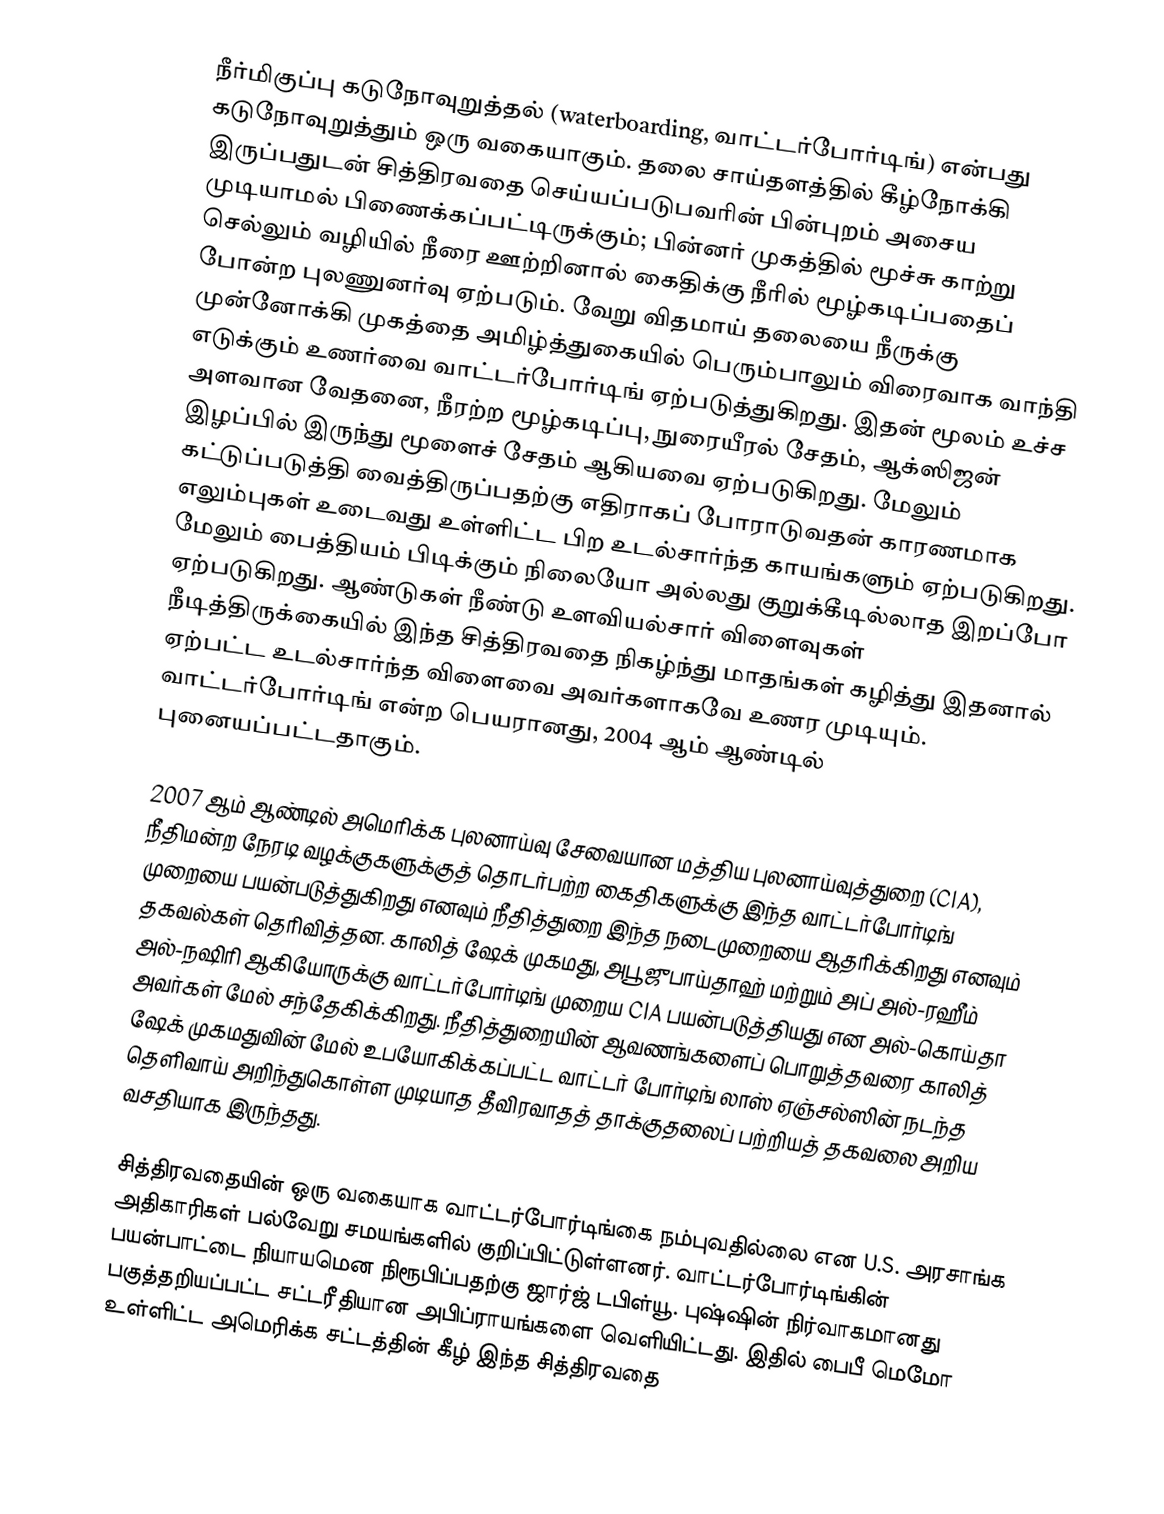
நீர்மிகுப்பு கடுநோவுறுத்தல்  (waterboarding, வாட்டர்போர்டிங்) என்பது கடுநோவுறுத்தும் ஒரு வகையாகும். தலை சாய்தளத்தில் கீழ்நோக்கி இருப்பதுடன் சித்திரவதை செய்யப்படுபவரின் பின்புறம் அசைய முடியாமல் பிணைக்கப்பட்டிருக்கும்; பின்னர் முகத்தில் மூச்சு காற்று செல்லும் வழியில் நீரை ஊற்றினால் கைதிக்கு நீரில் மூழ்கடிப்பதைப் போன்ற புலணுனர்வு ஏற்படும். வேறு விதமாய் தலையை நீருக்கு முன்னோக்கி முகத்தை அமிழ்த்துகையில் பெரும்பாலும் விரைவாக வாந்தி எடுக்கும் உணர்வை வாட்டர்போர்டிங் ஏற்படுத்துகிறது. இதன் மூலம் உச்ச அளவான வேதனை, நீரற்ற மூழ்கடிப்பு, நுரையீரல் சேதம், ஆக்ஸிஜன் இழப்பில் இருந்து மூளைச் சேதம் ஆகியவை ஏற்படுகிறது. மேலும் கட்டுப்படுத்தி வைத்திருப்பதற்கு எதிராகப் போராடுவதன் காரணமாக எலும்புகள் உடைவது உள்ளிட்ட பிற உடல்சார்ந்த காயங்களும் ஏற்படுகிறது. மேலும் பைத்தியம் பிடிக்கும் நிலையோ அல்லது குறுக்கீடில்லாத இறப்போ ஏற்படுகிறது. ஆண்டுகள் நீண்டு உளவியல்சார் விளைவுகள் நீடித்திருக்கையில் இந்த சித்திரவதை நிகழ்ந்து மாதங்கள் கழித்து இதனால் ஏற்பட்ட உடல்சார்ந்த விளைவை அவர்களாகவே உணர முடியும். வாட்டர்போர்டிங் என்ற பெயரானது, 2004 ஆம் ஆண்டில் புனையப்பட்டதாகும்.

2007 ஆம் ஆண்டில் அமெரிக்க புலனாய்வு சேவையான மத்திய புலனாய்வுத்துறை (CIA), நீதிமன்ற நேரடி வழக்குகளுக்குத் தொடர்பற்ற கைதிகளுக்கு இந்த வாட்டர்போர்டிங் முறையை பயன்படுத்துகிறது எனவும் நீதித்துறை இந்த நடைமுறையை ஆதரிக்கிறது எனவும் தகவல்கள் தெரிவித்தன. காலித் ஷேக் முகமது, அபூ ஜுபாய்தாஹ் மற்றும் அப் அல்-ரஹீம் அல்-நஷிரி ஆகியோருக்கு வாட்டர்போர்டிங் முறைய CIA பயன்படுத்தியது என அல்-கொய்தா அவர்கள் மேல் சந்தேகிக்கிறது. நீதித்துறையின் ஆவணங்களைப் பொறுத்தவரை காலித் ஷேக் முகமதுவின் மேல் உபயோகிக்கப்பட்ட வாட்டர் போர்டிங் லாஸ் ஏஞ்சல்ஸின் நடந்த தெளிவாய் அறிந்துகொள்ள முடியாத தீவிரவாதத் தாக்குதலைப் பற்றியத் தகவலை அறிய வசதியாக இருந்தது.

சித்திரவதையின் ஒரு வகையாக வாட்டர்போர்டிங்கை நம்புவதில்லை என U.S. அரசாங்க அதிகாரிகள் பல்வேறு சமயங்களில் குறிப்பிட்டுள்ளனர். வாட்டர்போர்டிங்கின் பயன்பாட்டை நியாயமென நிரூபிப்பதற்கு ஜார்ஜ் டபிள்யூ. புஷ்ஷின் நிர்வாகமானது பகுத்தறியப்பட்ட சட்டரீதியான அபிப்ராயங்களை வெளியிட்டது. இதில் பைபீ மெமோ உள்ளிட்ட அமெரிக்க சட்டத்தின் கீழ் இந்த சித்திரவதை